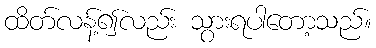
ထိတ်လန့်၍လည်း သွားရပါတော့သည်။